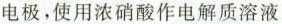
电极，使用浓硝酸作电解质溶液